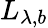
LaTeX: L_{\lambda,b}